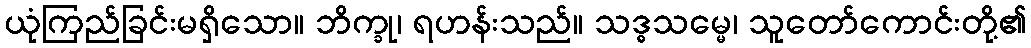
ယုံကြည်ခြင်းမရှိသော။ ဘိက္ခု၊ ရဟန်းသည်။ သဒ္ဓသမ္မေ၊ သူတော်ကောင်းတို့၏